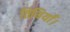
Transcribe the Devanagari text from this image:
तिथियाँ।